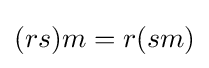
(rs)m=r(sm)